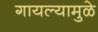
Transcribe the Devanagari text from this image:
गायल्यामुळे